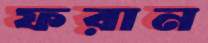
ফরান